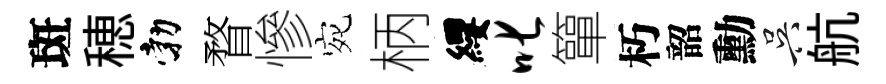
斑穂勃瞀慘宛柄纓叱簞朽韶勳吴航